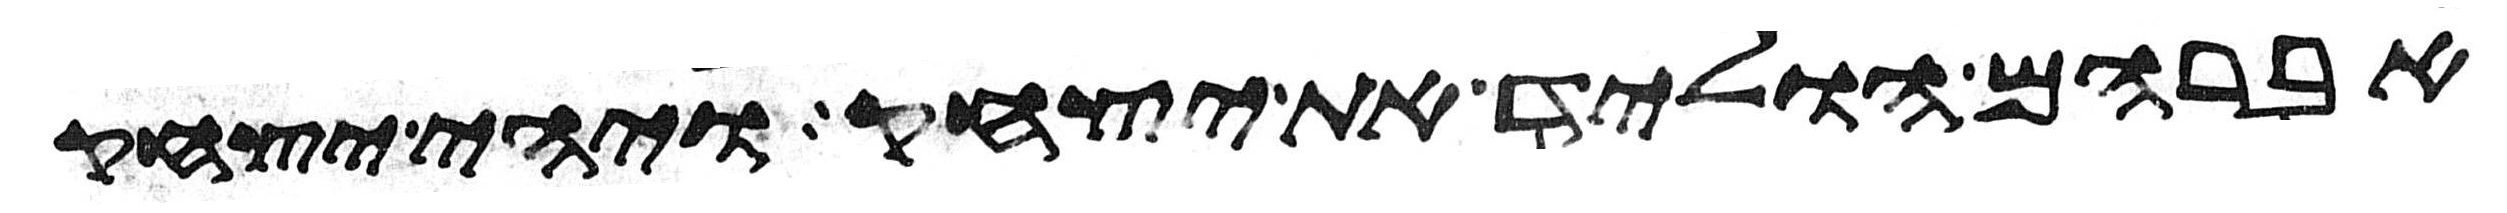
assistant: אברהם הוליד את יצחק ויהי יצחק